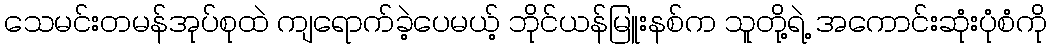
သေမင်းတမန်အုပ်စုထဲ ကျရောက်ခဲ့ပေမယ့် ဘိုင်ယန်မြူးနစ်က သူတို့ရဲ့ အကောင်းဆုံးပုံစံကို